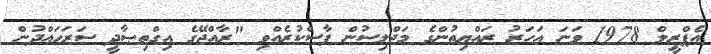
އެޕްރީލް 1978 ވަނަ އަހަރު ރައްޔިތުންގެ މަޖްލިސުން ފާސްކުރެއްވި "ރާއްޖޭގެ އިގްތިޞާދީ ސަރަހައްދުން